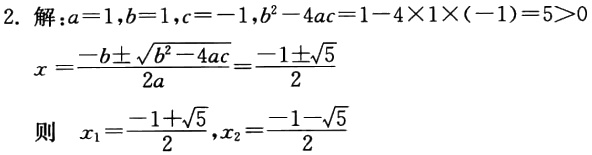
2. 解：\(a = 1,b = 1,c = -1,b^{2}-4ac = 1 - 4\times1\times(-1)=5>0\)
\(x=\frac{-b\pm\sqrt{b^{2}-4ac}}{2a}=\frac{-1\pm\sqrt{5}}{2}\)
则 \(x_{1}=\frac{-1 + \sqrt{5}}{2},x_{2}=\frac{-1 - \sqrt{5}}{2}\)